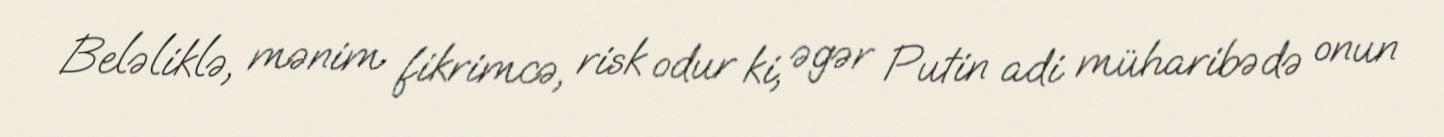
Beləliklə, mənim fikrimcə, risk odur ki, əgər Putin adi müharibədə onun